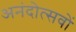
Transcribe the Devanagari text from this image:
अनंदोत्सवों